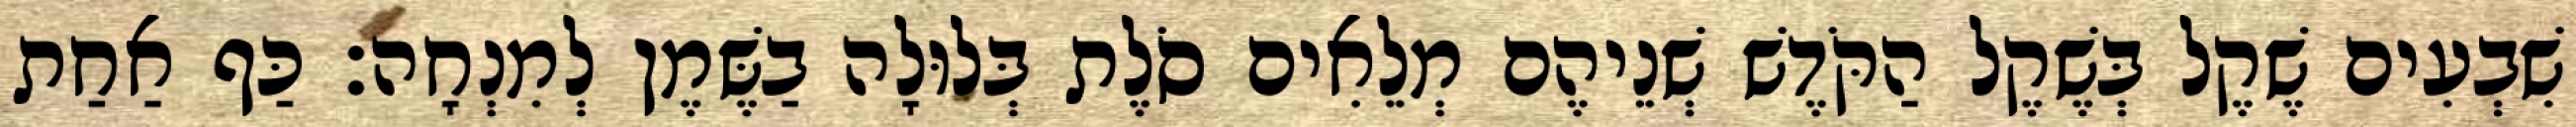
שִׁבְעִים שֶׁקֶל בְּשֶׁקֶל הַקֹּדֶשׁ שְׁנֵיהֶם מְלֵאִים סֹלֶת בְּלוּלָה בַשֶּׁמֶן לְמִנְחָה׃ כַּף אַחַת